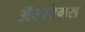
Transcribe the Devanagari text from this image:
ॲस्पॅरेगस